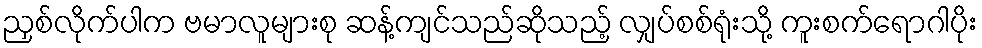
ညှစ်လိုက်ပါက ဗမာလူများစု ဆန့်ကျင်သည်ဆိုသည့် လျှပ်စစ်ရုံးသို့ ကူးစက်ရောဂါပိုး